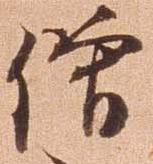
僧